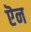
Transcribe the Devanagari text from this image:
ऎन